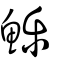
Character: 鱳